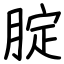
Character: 腚